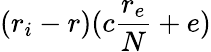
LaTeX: (r_{i}-r)(c\frac{r_{e}}{N}+e)